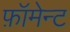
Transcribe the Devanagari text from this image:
फ़ॉमेन्ट